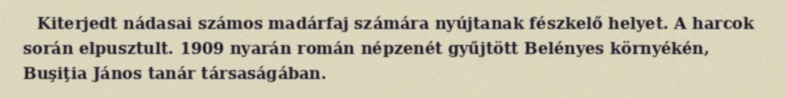
Kiterjedt nádasai számos madárfaj számára nyújtanak fészkelő helyet. A harcok során elpusztult. 1909 nyarán román népzenét gyűjtött Belényes környékén, Buşiţia János tanár társaságában.